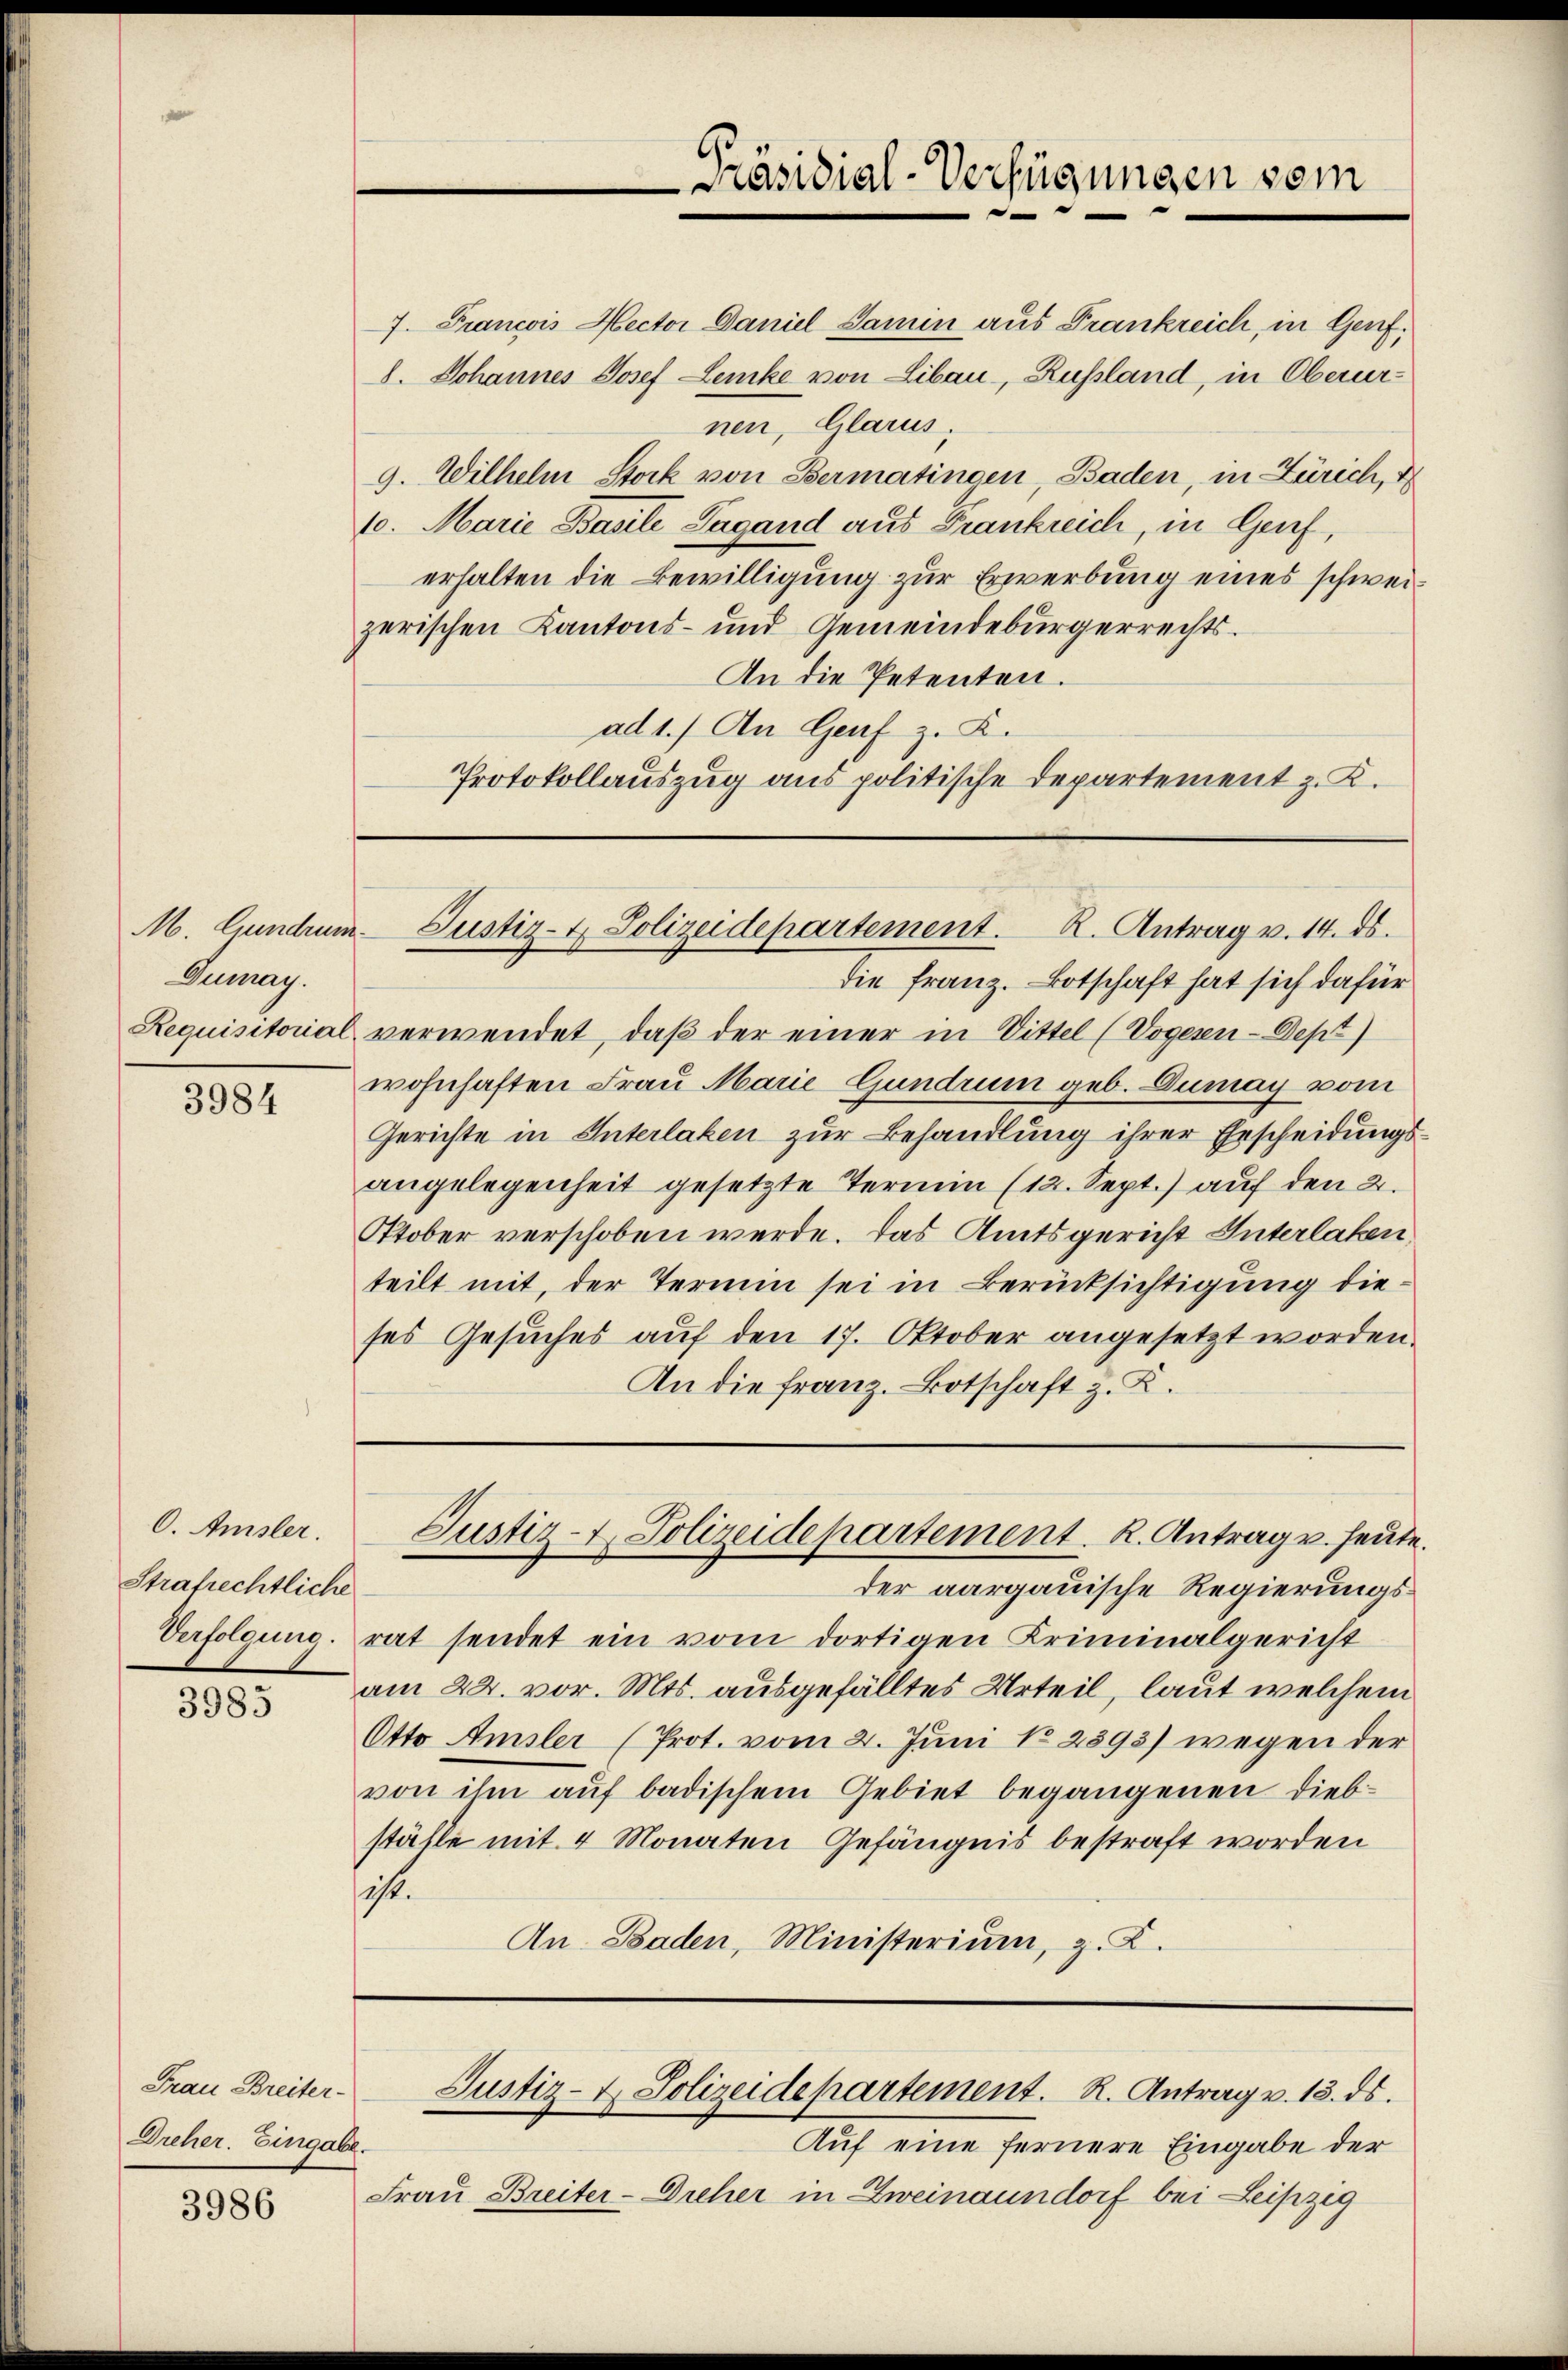
Dumay.
Requisitorial

3984

O. Amsler.
Strafrechtliche
Verfolgung.

3985

Frau Breiter-
Dreher. Eingabe.

3986

Präsidial-Verfügungen vom

7. Francois Mector Daniel Samin aus Frankreich, in Genf,
8. Johannes Josef Lenke von Libau-, Russland, in Oberurnen, Glarus,
9. Wilhelm Stock von Bermatingen, Baden, in Zürich, d
10. Marie Basile Lagand aus Frankreich, in Genf,
erhalten die Bewilligung zur Erwerbung eines schweizerischen Kantons- und Gemeindebürgerrechts¬
An die Petenten.
ad 1.) An Genf z. K.
Protokollauszug aus politische Departement z. K.

M. Grundrum. Justiz- & Polizeidepartement. R. Antrag v. 14. ds.

ses Gesuches auf den 17. Oktober angesetzt worden.
An die Franz. Botschaft z. K.

die Franz. Botschaft hat sich dafür
verwendet, daß der einer in Vittel (Vogesen-Dept)
wohnhaften Frau Marie Gundrum geb. Dumay vom
Gerichte in Interlaken zur Behandlung ihrer Erscheidungsangelegenheit gesetzte Termin (12. Sept.) auf den 2.
Otober verschoben werde. Das Amtsgericht Unterlaken
teilt mit, der Termin sei in Berücksichtigung die¬
Justiz- & Polizeidepartement. K. Antrag u. heute.
der aargauische Regierungsrat sendet ein vom dortigen Kriminalgericht
am 22. vor. Mts. ausgefälltes Urteil, laut welchem
Otto Amsler (Prot. vom 2. Juni No 2593) wegen der
von ihm auf badischem Gebiet begangenen Diebställe mit 4 Monaten Gefängnis bestraft worden
ist.
An. Baden, Ministerium, z. Z.

Justiz- & Polizeidepartement. R. Antrag v. 13. ds.

Auf eine fernere Eingabe der
Frau Breiter-Dieher in Zweinaundorf bei Leipzig